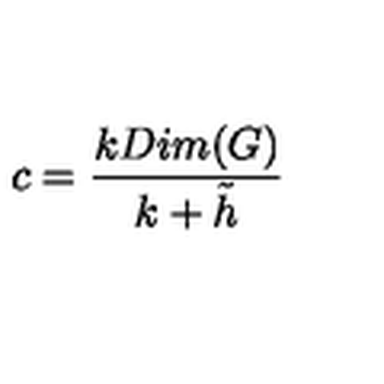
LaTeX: c = { \frac { k D i m ( G ) } { k + { \tilde { h } } } }